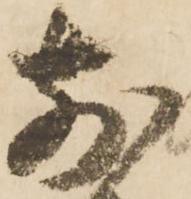
前